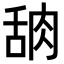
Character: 𬚸